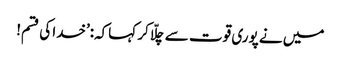
میں نے پوری قوت سے چلّا کر کہاکہ:’خدا کی قسم!